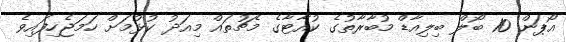
އޯޕަން 10 ބޯލް ބިލިއާޑް މުބާރާތުގެ ކުއާޓާގެ މެޗުތައް މިއަދު ކުޅުމަށް ހަމަޖެހިފައިވެ